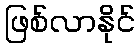
ဖြစ်လာနိုင်